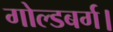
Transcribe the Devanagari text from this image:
गोल्डबर्ग।